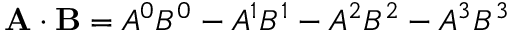
\mathbf { A } \cdot \mathbf { B } = A ^ { 0 } B ^ { 0 } - A ^ { 1 } B ^ { 1 } - A ^ { 2 } B ^ { 2 } - A ^ { 3 } B ^ { 3 }